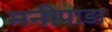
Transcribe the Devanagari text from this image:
मनीपाड़ा